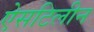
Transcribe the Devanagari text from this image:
ऐसटिलीन